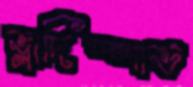
ভ্লাদিস্লাভ